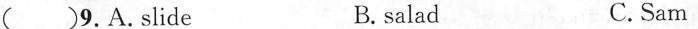
( ) 9. A.Slide B. salad C. Sam